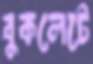
বুকলেটে